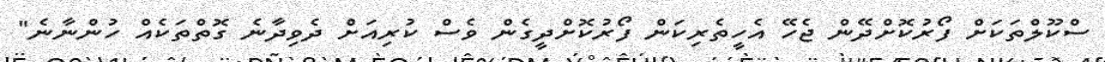
ސްކޫލްތަކަށް ފޯރުކޮށްދޭން ޖެހޭ އެހީތެރިކަން ފޯރުކޮށްދީގެން ވެސް ކުރިއަށް ދެވިދާނެ ގޮތްތަކެއް ހުންނާނެ"